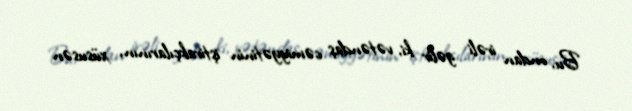
Bu, ondan irəli gəlir ki, vətəndaş cəmiyyətinin iştirakçılarının, xüsusən